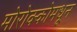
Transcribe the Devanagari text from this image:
मोरोक्कोमधून